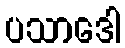
ပသာဒေါ